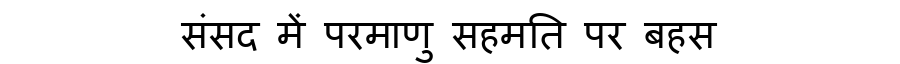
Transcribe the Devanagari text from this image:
संसद में परमाणु सहमति पर बहस